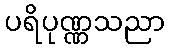
ပရိပုဏ္ဏသညာ